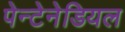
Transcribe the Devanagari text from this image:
पेन्टेनेडियल